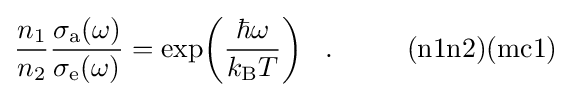
{\frac {n_{1}}{n_{2}}}{\frac {\sigma _{\rm {a}}(\omega )}{\sigma _{\rm {e}}(\omega )}}=\exp \!\left({\frac {\hbar \omega }{k_{\rm {B}}T}}\right)~~.~~~~~~~~{\rm {(n1n2)(mc1)}}